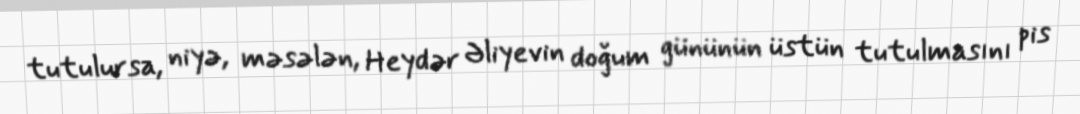
tutulursa, niyə, məsələn, Heydər Əliyevin doğum gününün üstün tutulmasını pis